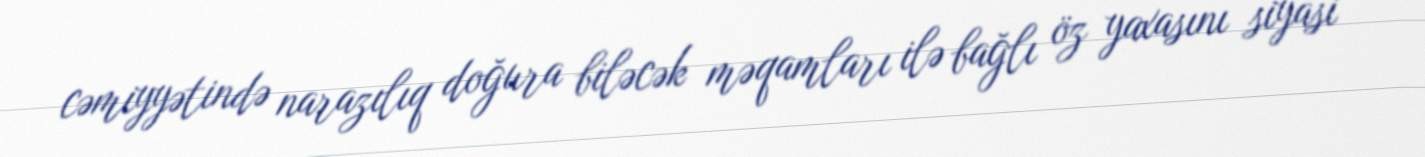
cəmiyyətində narazılıq doğura biləcək məqamları ilə bağlı öz yaxasını siyasi